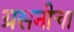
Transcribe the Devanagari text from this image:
ग्रसनीचा